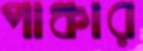
পাঞ্চার